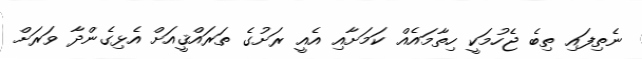
ނެތިފައި ތިބެ ޖެހުމަކީ ހިތާމައެއް ކަމަށާއި އެއީ ރަށުގެ ތަރައްޤީއަށް އެޅިގެންދާ ވަރަށް